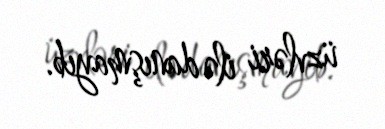
üzvləri ilə danışmayıb.